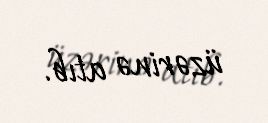
üzərinə atıb.